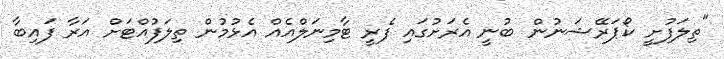
"ތިލަފުށީ ކޯޕަރޭޝަނުން ބުނީ އެރަށުގައި ފެރީ ޓާމިނަލްއެއް އެޅުމުން ތިލަފުއްޓަށް އަރާ ފައިބާ